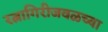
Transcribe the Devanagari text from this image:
रत्नागिरीजवळच्या